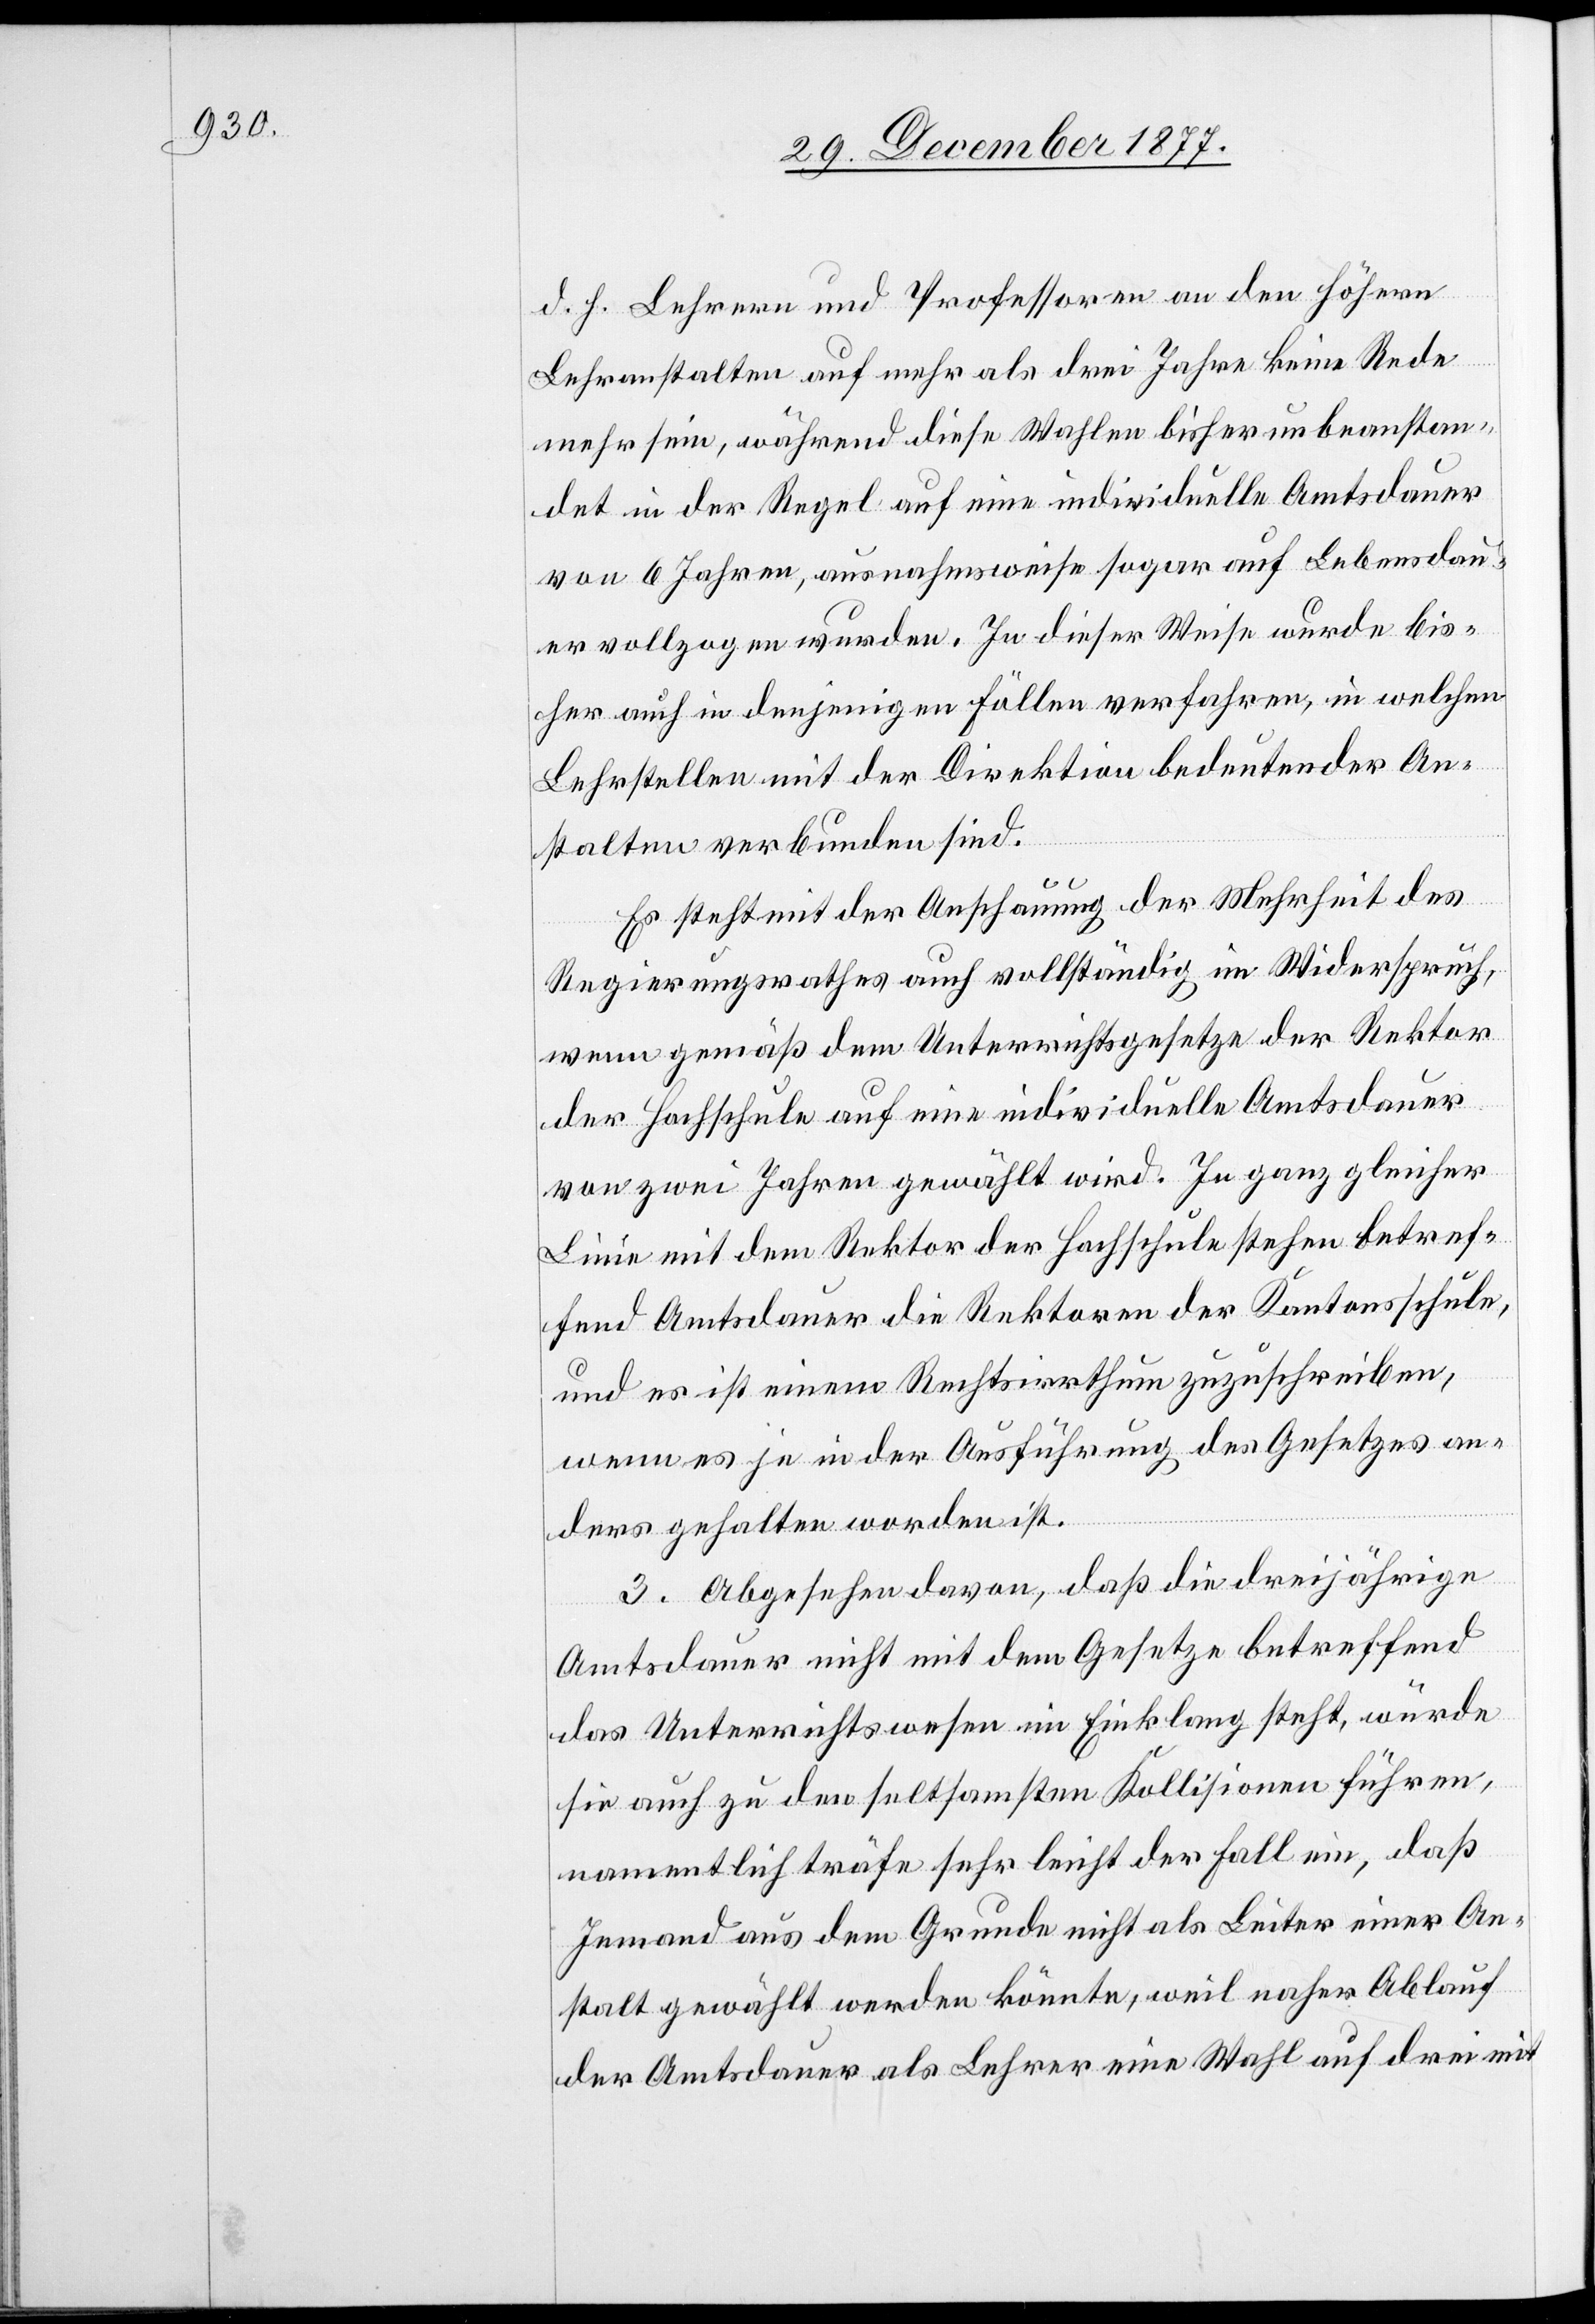
d. h. Lehrern und Professoren an den höhern
Lehranstalten auf mehr als drei Jahre keine Rede
mehr sein, während diese Wahlen bisher unbeanstan¬
det in der Regel auf eine individuelle Amtsdauer
von 6 Jahren, ausnahmsweise sogar auf Lebensdau¬
er vollzogen wurden. In dieser Weise wurde bis¬
her auch in denjenigen Fällen verfahren, in welchen
Lehrstellen mit der Direktion bedeutender An¬
stalten verbunden sind.
Es steht mit der Anschauung der Mehrheit des
Regierungsrathes auch vollständig im Widerspruch,
wenn gemäß dem Unterrichtsgesetze der Rektor
der Hochschule auf eine individuelle Amtsdauer
von zwei Jahren gewählt wird. In ganz gleicher
Linie mit dem Rektor der Hochschule stehen betref¬
fend Amtsdauer die Rektoren der Kantonsschule,
und es ist einem Rechtsirrthum zuzuschreiben,
wenn es je in der Ausführung des Gesetzes an¬
ders gehalten worden ist.
3. Abgesehen davon, daß die dreijährige
Amtsdauer nicht mit dem Gesetze betreffend
das Unterrichtswesen im Einklang steht, würde
sie auch zu den seltsamsten Kollisionen führen,
namentlich träfe sehr leicht der Fall ein, daß
Jemand aus dem Grunde nicht als Leiter einer An¬
stalt gewählt werden könnte, weil naher Ablauf
der Amtsdauer als Lehrer eine Wahl auf drei mit